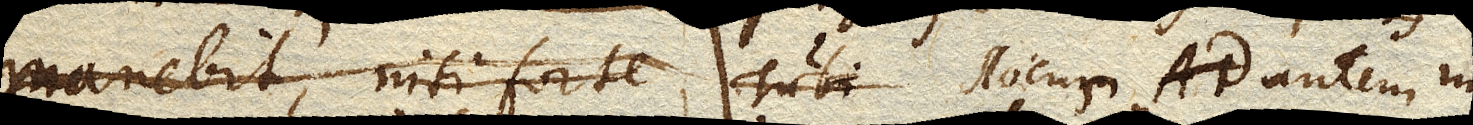
manebit, nisi forte Tubi locus autem in